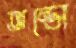
অন্ডো